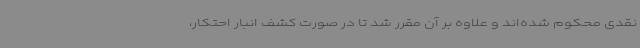
نقدی محکوم شده‌اند و علاوه بر آن مقرر شد تا در صورت کشف انبار احتکار،